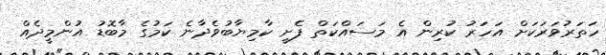
ހަތަރުވަރަކަށް އަހަރު ކުރިން އެ މަސައްކަތް ފެށީ ކާމިޔާބުވެދާނެ ކަމުގެ މާބޮޑު އުންމީދެއް